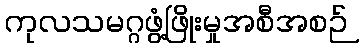
ကုလသမဂ္ဂဖွံ့ဖြိုးမှုအစီအစဉ်